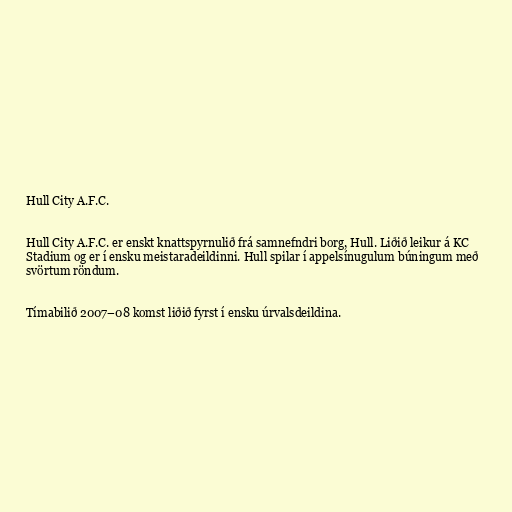
Hull City A.F.C.

Hull City A.F.C. er enskt knattspyrnulið frá samnefndri borg, Hull. Liðið leikur á KC
Stadium og er í ensku meistaradeildinni. Hull spilar í appelsínugulum búningum með
svörtum röndum.

Tímabilið 2007–08 komst liðið fyrst í ensku úrvalsdeildina.